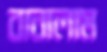
বানালাম